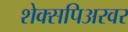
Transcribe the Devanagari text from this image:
शेक्सपिअरवर